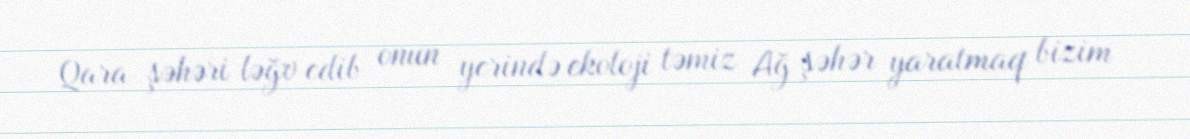
Qara şəhəri ləğv edib onun yerində ekoloji təmiz Ağ şəhər yaratmaq bizim